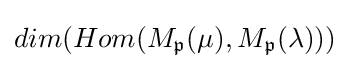
dim(Hom(M_{\mathfrak {p}}(\mu ),M_{\mathfrak {p}}(\lambda )))